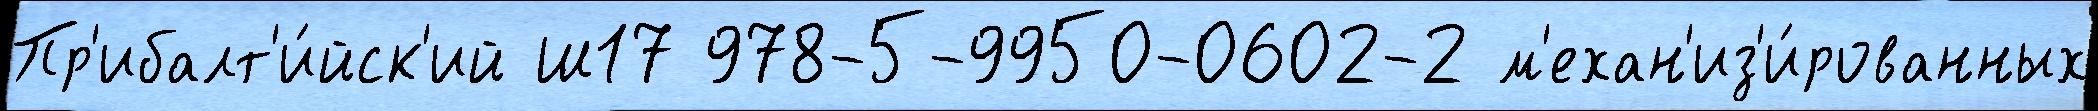
Пр'ибалт'и́йск'ий Ш17 978-5-9950-0602-2 м'ехан'из'и́рованных